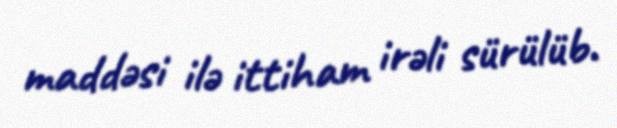
maddəsi ilə ittiham irəli sürülüb.